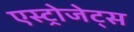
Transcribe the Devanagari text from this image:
एस्‍ट्रोजेट्स